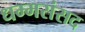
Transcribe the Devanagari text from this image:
धम्मसंसद